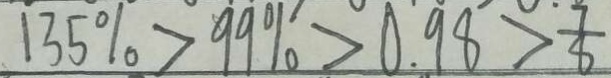
1 3 5 \% > 9 9 \% > 0 . 9 8 > \frac { 7 } { 8 }